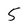
Character: 5